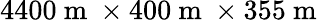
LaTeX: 4400\mathrm{~m~}\times 400\mathrm{~m~}\times 355\mathrm{~m~}